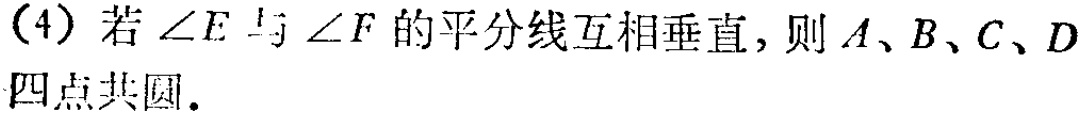
(4) 若\(\angle E\)与\(\angle F\)的平分线互相垂直，则\(A\)、\(B\)、\(C\)、\(D\)四点共圆.